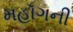
મહૉગની